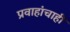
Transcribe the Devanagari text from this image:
प्रवाहांचाही